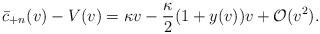
LaTeX: \begin{align*} \bar{c}_{+n}(v)-V(v)=\kappa v-\frac{\kappa}{2}(1+y(v))v+\mathcal{O}(v^2).\end{align*}